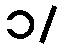
၁/